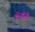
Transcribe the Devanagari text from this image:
ब्रॅन्डॅरी